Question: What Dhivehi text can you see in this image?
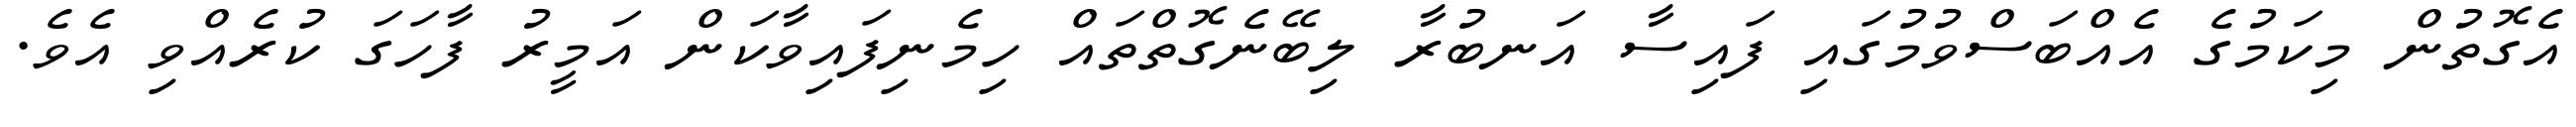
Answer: އެގޮތުން މިކަމުގެ އެއްބަސްވުމުގައި ފައިސާ އަނބުރާ ލިބޭނެގޮތްތައް ހިމެނިފައިވާކަން އަމީރު ފާހަގަ ކުރެއްވި އެވެ.